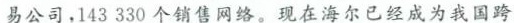
易公司，143330个销售网络。现在海尔已经成为我国跨